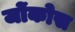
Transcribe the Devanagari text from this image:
जोंकोस